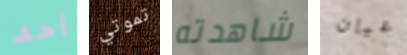
أحد تموتي شاهدته عيان